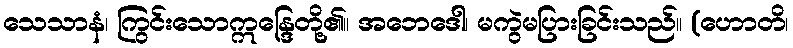
သေသာနံ၊ ကြွင်းသောဣန္ဒြေတို့၏။ အဘေဒေါ၊ မကွဲမပြားခြင်းသည်။ (ဟောတိ၊